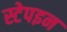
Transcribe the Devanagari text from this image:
स्टेपइन